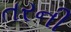
તરની